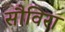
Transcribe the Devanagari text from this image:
सौविरा